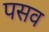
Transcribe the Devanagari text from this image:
पसव